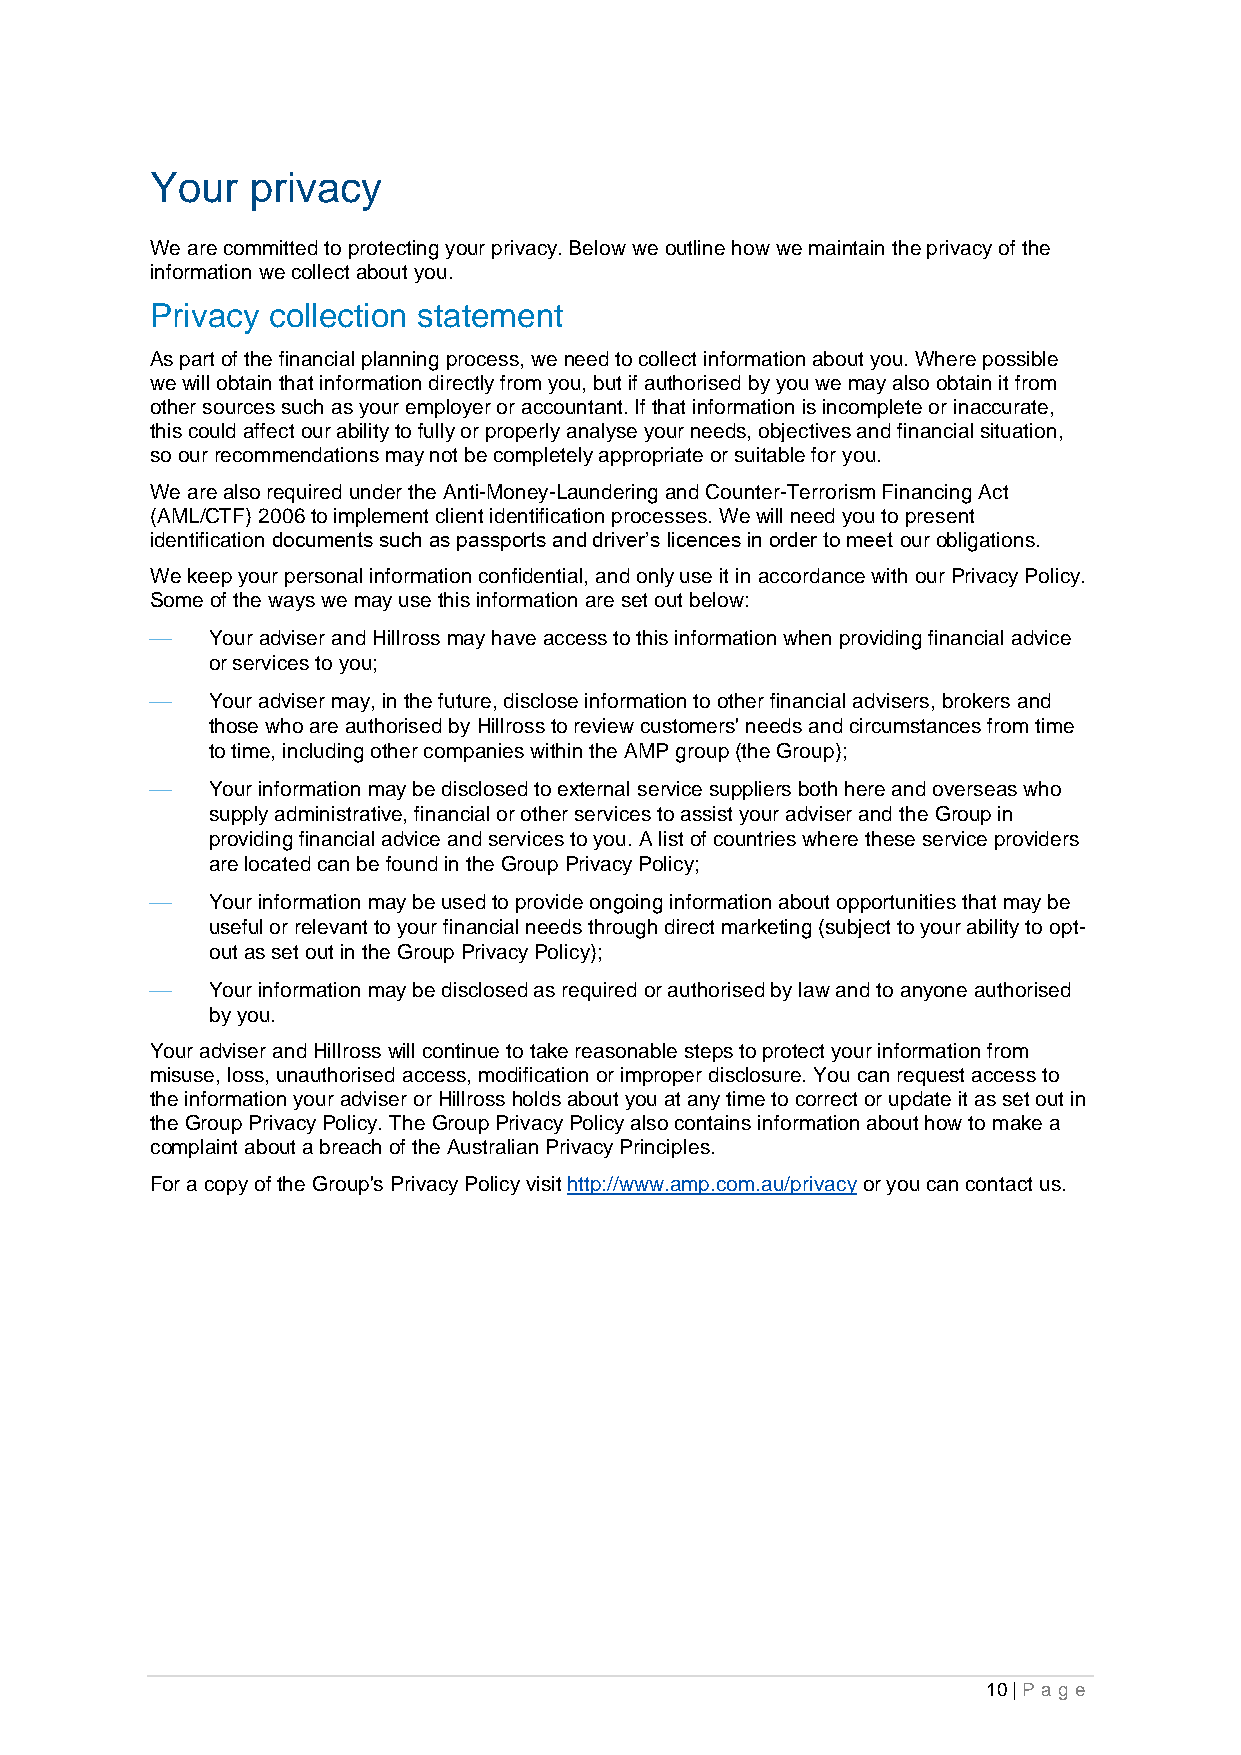
Your   privacy
 We are committed to protecting your privacy. Below we outline how we maintain the privacy of the
 information we collect about you.
 Privacy collection statement
 As part of the financial planning process, we need to collect information about you. Where possible
 we will obtain that information directly from you, but if authorised by you we may also obtain it from
 other sources such as your employer or accountant. If that information is incomplete or inaccurate,
 this could affect our ability to fully or properly analyse your needs, objectives and financial situation,
 so our recommendations may not be completely appropriate or suitable for you.
 We are also required under the Anti-Money-Laundering and Counter-Terrorism Financing Act
 (AML/CTF) 2006 to implement client identification processes. We will need you to present
 identification documents such as passports and driver’s licences in order to meet our obligations.
 We keep your personal information confidential, and only use it in accordance with our Privacy Policy.
 Some of the ways we may use this information are set out below:
 ⎯   Your adviser and Hillross may have access to this information when providing financial advice
 or services to you;
 ⎯   Your adviser may, in the future, disclose information to other financial advisers, brokers and
 those who are authorised by Hillross to review customers' needs and circumstances from time
 to time, including other companies within the AMP group (the Group);
 ⎯   Your information may be disclosed to external service suppliers both here and overseas who
 supply administrative, financial or other services to assist your adviser and the Group in
 providing financial advice and services to you. A list of countries where these service providers
 are located can be found in the Group Privacy Policy;
 ⎯   Your information may be used to provide ongoing information about opportunities that may be
 useful or relevant to your financial needs through direct marketing (subject to your ability to opt-
 out as set out in the Group Privacy Policy);
 ⎯   Your information may be disclosed as required or authorised by law and to anyone authorised
 by you.
 Your adviser and Hillross will continue to take reasonable steps to protect your information from
 misuse, loss, unauthorised access, modification or improper disclosure. You can request access to
 the information your adviser or Hillross holds about you at any time to correct or update it as set out in
 the Group Privacy Policy. The Group Privacy Policy also contains information about how to make a
 complaint about a breach of the Australian Privacy Principles.
 For a copy of the Group's Privacy Policy visit http://www.amp.com.au/privacy or you can contact us.
 10 | Pa g e